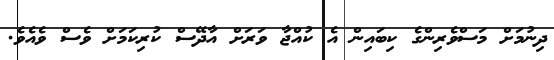
ދިނުމަށް މަސްވެރިންގެ ކިބައިން އެ ކުއްޖާ ވަރަށް އާދޭސް ކުރިކަމަށް ވެސް ވެއެވެ.